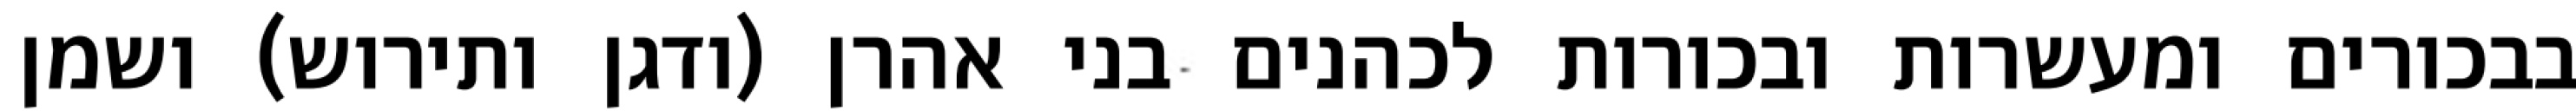
בבכורים ומעשרות ובכורות לכהנים בני אהרן (ודגן ותירוש) ושמן